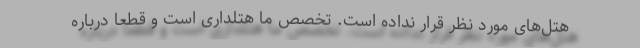
هتل‌های مورد نظر قرار نداده است. تخصص ما هتلداری است و قطعا درباره